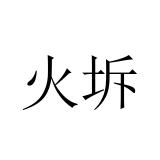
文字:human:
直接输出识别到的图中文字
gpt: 火坼